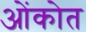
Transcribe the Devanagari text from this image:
ओंकोत